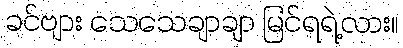
ခင်ဗျား သေသေချာချာ မြင်ရရဲ့လား။